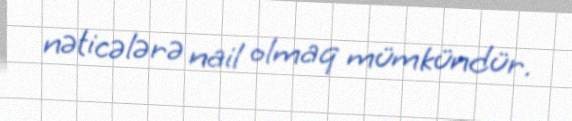
nəticələrə nail olmaq mümkündür.